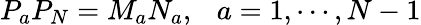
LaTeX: P_{a}P_{N}=M_{a}N_{a},\ \ \ a=1,\cdots,N-1